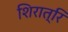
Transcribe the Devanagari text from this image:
शिरात्रि